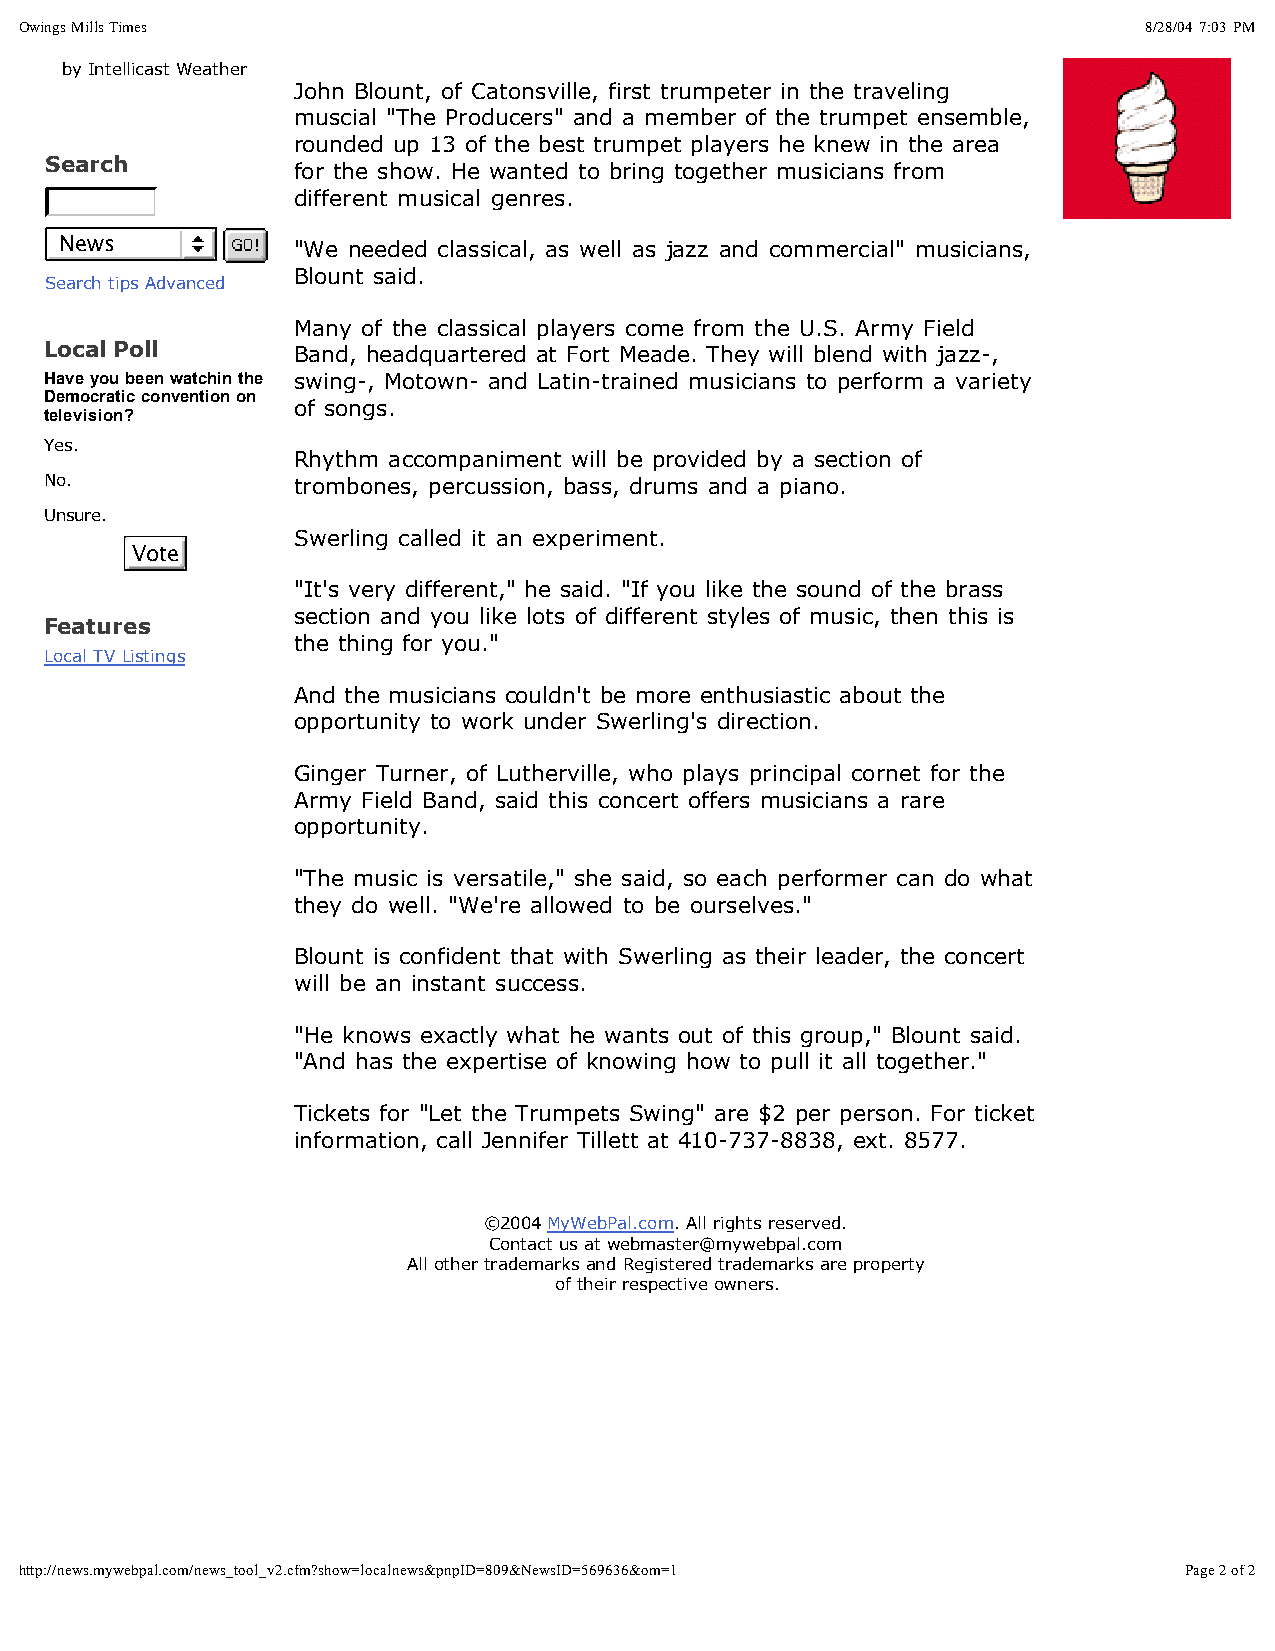
Owings Mills Times                                                         8/28/04 7:03 PM
 by Intellicast Weather
 John Blount, of Catonsville, first trumpeter in the traveling
 muscial "The Producers" and a member of the trumpet ensemble,
 rounded up 13 of the best trumpet players he knew in the area
 Search
 for the show. He wanted to bring together musicians from
 different musical genres.
 News
 "We needed classical, as well as jazz and commercial" musicians,
 Blount said.
 Search tips Advanced
 Many of the classical players come from the U.S. Army Field
 Local Poll      Band, headquartered at Fort Meade. They will blend with jazz-,
 Have you been watchin the swing-, Motown- and Latin-trained musicians to perform a variety
 Democratic convention on
 of songs.
 television?
 Yes.
 Rhythm accompaniment will be provided by a section of
 No.             trombones, percussion, bass, drums and a piano.
 Unsure.
 Swerling called it an experiment.
 Vote
 "It's very different," he said. "If you like the sound of the brass
 section and you like lots of different styles of music, then this is
 Features
 the thing for you."
 Local TV Listings
 And the musicians couldn't be more enthusiastic about the
 opportunity to work under Swerling's direction.
 Ginger Turner, of Lutherville, who plays principal cornet for the
 Army Field Band, said this concert offers musicians a rare
 opportunity.
 "The music is versatile," she said, so each performer can do what
 they do well. "We're allowed to be ourselves."
 Blount is confident that with Swerling as their leader, the concert
 will be an instant success.
 "He knows exactly what he wants out of this group," Blount said.
 "And has the expertise of knowing how to pull it all together."
 Tickets for "Let the Trumpets Swing" are $2 per person. For ticket
 information, call Jennifer Tillett at 410-737-8838, ext. 8577.
 ©2004 MyWebPal.com. All rights reserved.
 Contact us at webmaster@mywebpal.com
 All other trademarks and Registered trademarks are property
 of their respective owners.
 http://news.mywebpal.com/news_tool_v2.cfm?show=localnews&pnpID=809&NewsID=569636&om=1 Page 2 of 2